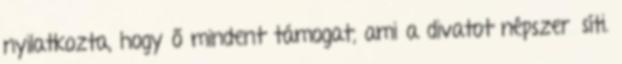
nyilatkozta, hogy ő mindent támogat, ami a divatot népszerűsíti.